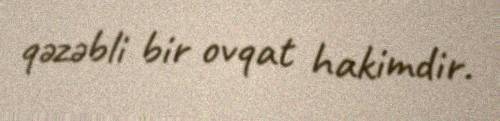
qəzəbli bir ovqat hakimdir.